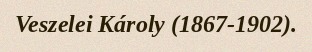
Veszelei Károly (1867-1902).